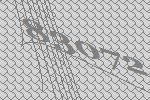
83072